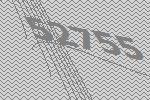
52755